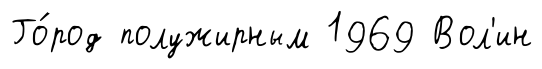
Го́род полужирным 1969 Вол'ин